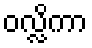
ဝလ္လိကာ